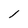
Character: l